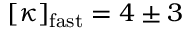
[ \kappa ] _ { \mathrm { f a s t } } = 4 \pm 3